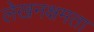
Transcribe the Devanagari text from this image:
लेखनक्षमता